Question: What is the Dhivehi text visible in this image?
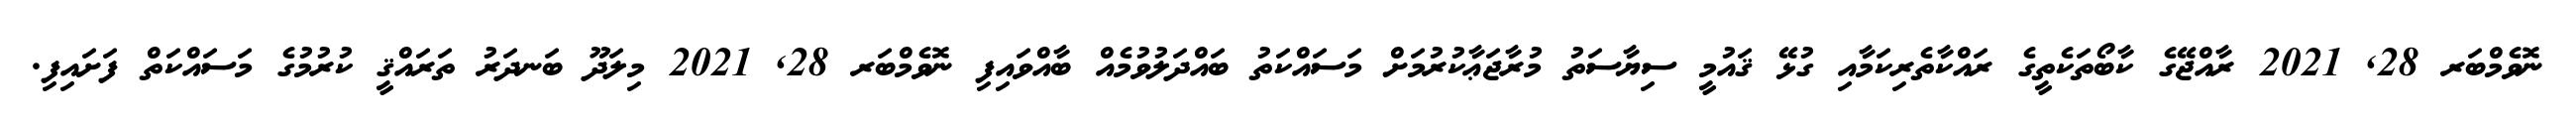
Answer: ނޮވެމްބަރ 28, 2021 ރާއްޖޭގެ ކާބޯތަކެތީގެ ރައްކާތެރިކަމާއި ގުޅޭ ޤައުމީ ސިޔާސަތު މުރާޖަޢާކުރުމަށް މަސައްކަތު ބައްދަލުވުމެއް ބާއްވައިފި ނޮވެމްބަރ 28, 2021 މިލަދޫ ބަނދަރު ތަރައްޤީ ކުރުމުގެ މަސައްކަތް ފަށައިފި.